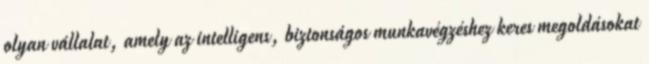
olyan vállalat, amely az intelligens, biztonságos munkavégzéshez keres megoldásokat